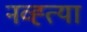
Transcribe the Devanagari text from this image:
नव्ह्त्या